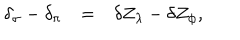
LaTeX: \begin{array} { r c l } { { \delta _ { \sigma } - \delta _ { \pi } } } & { { = } } & { { \delta Z _ { \lambda } - \delta Z _ { \phi } , } } \\ \end{array}